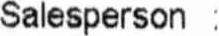
SALESPERSON :